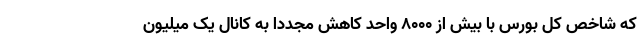
که شاخص کل بورس با بیش از ۸۰۰۰ واحد کاهش مجددا به کانال یک میلیون